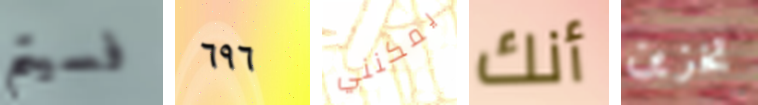
فسيتم ٦٩٦ يمكنني أنك تخزين